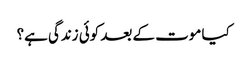
کیا موت کے بعد کوئی زندگی ہے؟